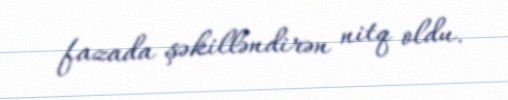
fazada şəkilləndirən nitq oldu.